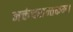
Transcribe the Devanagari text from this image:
नक्तंचरान्तकम्‌।